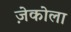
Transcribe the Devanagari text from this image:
ज़ेकोला